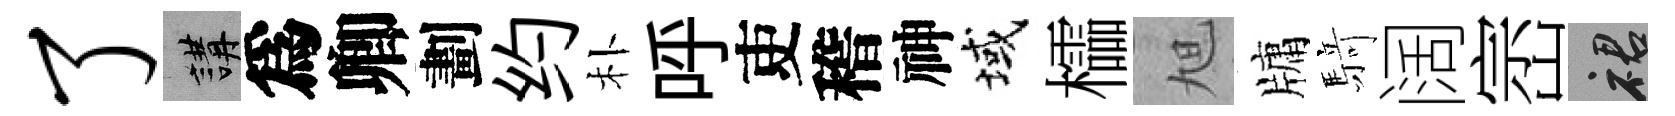
了講爲卿劃约朴呼吏稽神域櫺旭牗𮪍阔崈裙